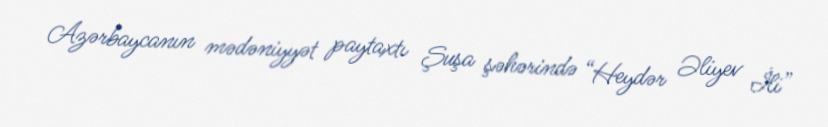
Azərbaycanın mədəniyyət paytaxtı Şuşa şəhərində “Heydər Əliyev İli”